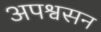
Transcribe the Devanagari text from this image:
अपश्वसन